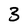
Character: 3